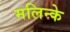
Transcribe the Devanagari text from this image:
मलिन्के